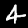
Digit: 4